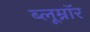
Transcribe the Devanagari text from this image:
ब्लूम्नॉर